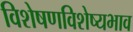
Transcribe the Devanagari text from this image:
विशेषणविशेष्यभाव